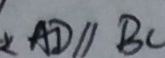
A D / / B C